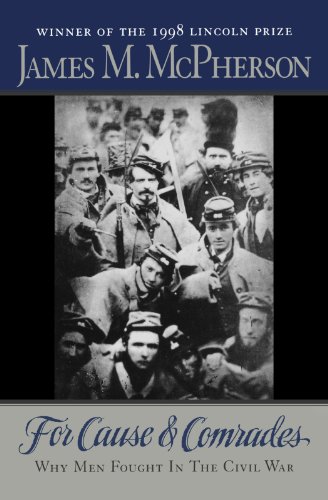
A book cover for For Cause and Comrades: Why Men Fought in the Civil War; James M. McPherson; History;